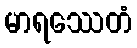
မာရဿေတံ